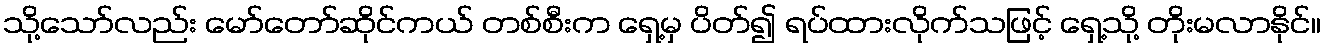
သို့သော်လည်း မော်တော်ဆိုင်ကယ် တစ်စီးက ရှေ့မှ ပိတ်၍ ရပ်ထားလိုက်သဖြင့် ရှေ့သို့ တိုးမလာနိုင်။